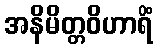
အနိမိတ္တဝိဟာရိံ